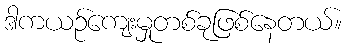
ဒါကယဉ်ကျေးမှုတစ်ခုဖြစ်နေတယ်။